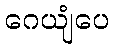
ဂေယျံပေ